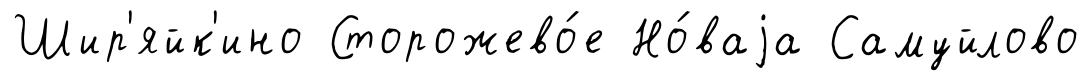
Шир'яйк'ино Сторожево́е Но́ваjа Самуйлово